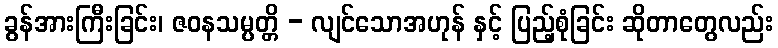
ခွန်အားကြီးခြင်း၊ ဇဝနသမ္ပတ္တိ - လျင်သောအဟုန် နှင့် ပြည့်စုံခြင်း ဆိုတာတွေလည်း